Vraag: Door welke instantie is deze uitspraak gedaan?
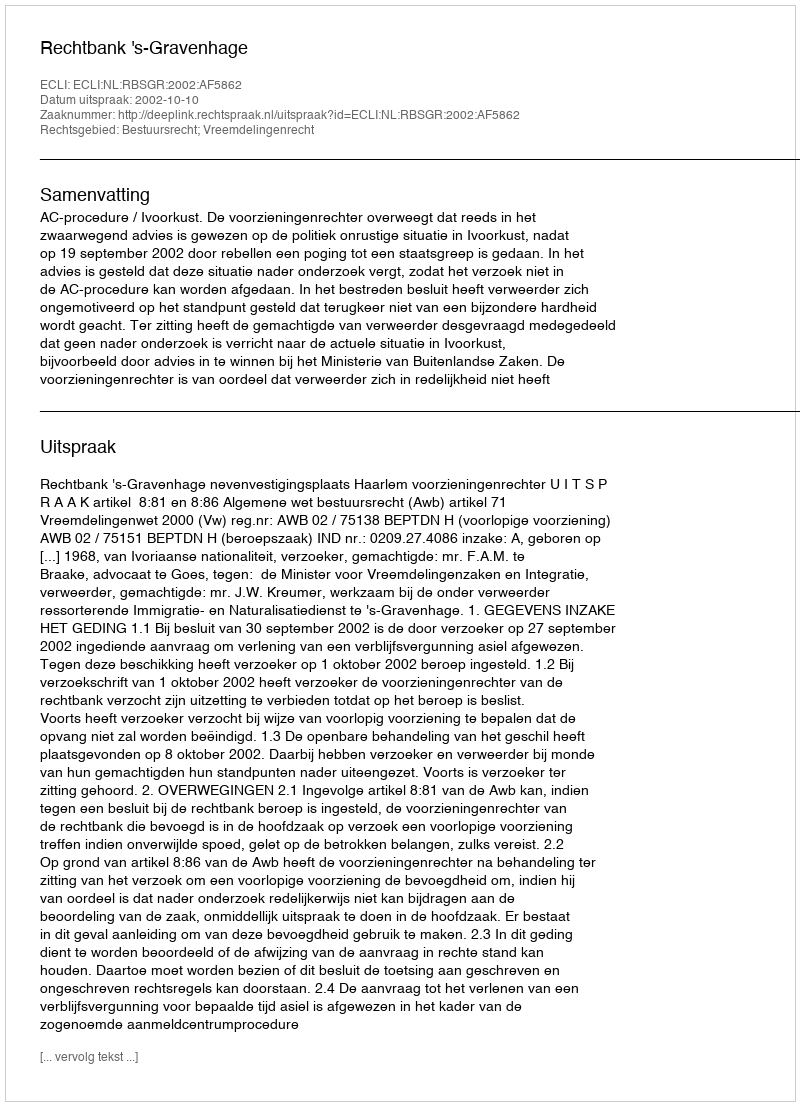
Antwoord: Rechtbank 's-Gravenhage